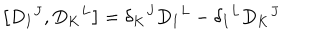
LaTeX: \left[ D _ { I } { } ^ { J } , D _ { K } { } ^ { L } \right] = \delta _ { K } { } ^ { J } D _ { I } { } ^ { L } - \delta _ { I } { } ^ { L } D _ { K } { } ^ { J }